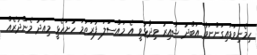
ހިމެނިވަޑައިގަންނަވާ އަބްދު ޝާއިރު ވިދާޅުވީ އެ މައްސަލަ ފުރަތަމަ ހުށަހެޅީ މިއަދު މެންދުރެއް